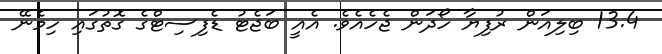
13.4 ބިލިއަން ރުފިޔާ ހޯދަން ޖެހެއެވެ. އެއީ ބަޖެޓު ޑެފިސިޓްގެ ގޮތުގައި ހިމެނޭ